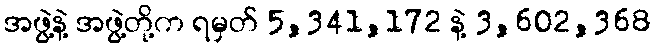
အဖွဲ့နဲ့ အဖွဲ့တို့က ရမှတ် 5,341,172 နဲ့ 3,602,368